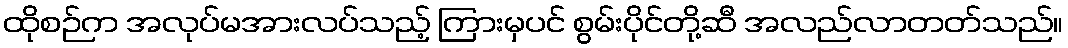
ထိုစဉ်က အလုပ်မအားလပ်သည့် ကြားမှပင် စွမ်းပိုင်တို့ဆီ အလည်လာတတ်သည်။